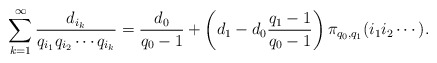
\begin{align*} \sum_{k=1}^\infty \frac{d_{i_k}}{q_{i_1}q_{i_2}\cdots q_{i_k}} = \frac{d_0}{q_0-1} + \bigg(d_1-d_0\frac{q_1-1}{q_0-1}\bigg)\, \pi_{q_0,q_1}(i_1i_2\cdots).\end{align*}